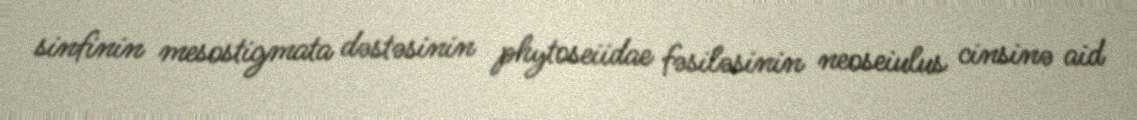
sinfinin mesostigmata dəstəsinin phytoseiidae fəsiləsinin neoseiulus cinsinə aid